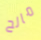
مالح